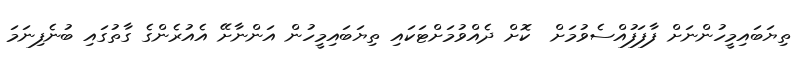
ތިޔަބައިމީހުންނަށް ފާފަފުއްސެވުމަށް  ކޮށް ދެއްވުމަށްޓަކައި ތިޔަބައިމީހުން އަންނާށޭ އެއުރެންގެ ގާތުގައި ބުނެފިނަމަަ